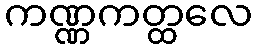
ကဏ္ဏကတ္ထလေ